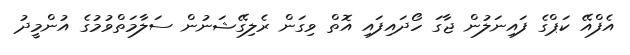
އެފްއޭ ކަޕްގެ ފައިނަލުން ޖާގަ ހޯދައިފައި އޮތް ވިގަން ރެލިގޭޝަނުން ސަލާމަތްވުމުގެ އުންމީދު